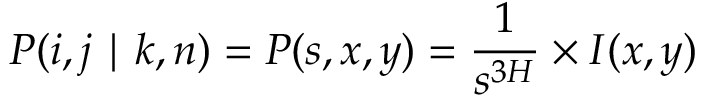
P ( i , j \mid k , n ) = P ( s , x , y ) = \frac { 1 } { s ^ { 3 H } } \times I ( x , y )